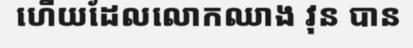
ហើយដែលលោកឈាង វុន បាន